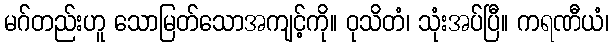
မဂ်တည်းဟူ သောမြတ်သောအကျင့်ကို။ ဝုသိတံ၊ သုံးအပ်ပြီ။ ကရဏီယံ၊